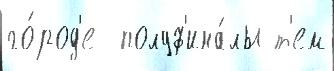
го́род'е  полуф'ина́лы т'ем